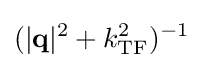
(|\mathbf {q} |^{2}+k_{\mathrm {TF} }^{2})^{-1}